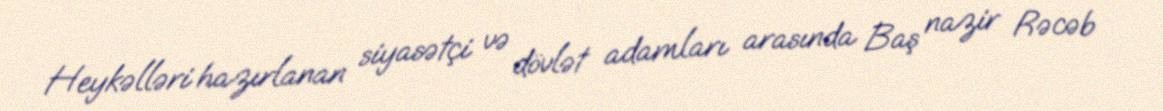
Heykəlləri hazırlanan siyasətçi və dövlət adamları arasında Baş nazir Rəcəb